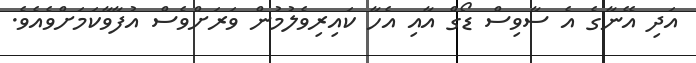
އަދި އޭނާގެ އެ ސާވިސް ޑޯގް އާއި އެހާ ކައިރިވެލުމުން ވަރަށްވެސް އުފާވާކަމަށްވެއެވެ.